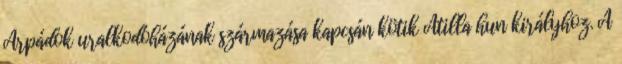
Árpádok uralkodóházának származása kapcsán kötik Atilla hun királyhoz. A